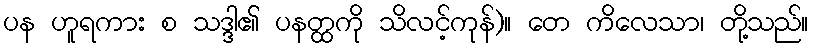
ပန ဟူရကား စ သဒ္ဒါ၏ ပနတ္ထကို သိလင့်ကုန်)။ တေ ကိလေသာ၊ တို့သည်။